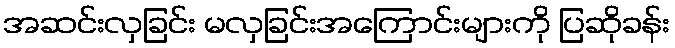
အဆင်းလှခြင်း မလှခြင်းအကြောင်းများကို ပြဆိုခန်း